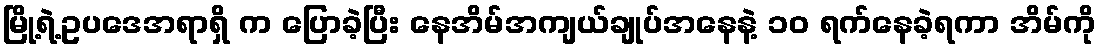
မြို့ရဲ့ဥပဒေအရာရှိ က ပြောခဲ့ပြီး နေအိမ်အကျယ်ချုပ်အနေနဲ့ ၁၀ ရက်နေခဲ့ရကာ အိမ်ကို